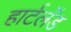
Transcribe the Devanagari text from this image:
हार्टलॅंड